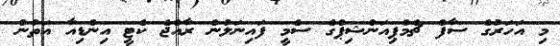
މި އަހަރުގެ ސާފް ޗެމްޕިއަންޝިޕްގެ ސެމީ ފައިނަލުން ރާއްޖެ ކެޓީ އިންޑިއާ އަތުން